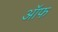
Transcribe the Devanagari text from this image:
ऑफ